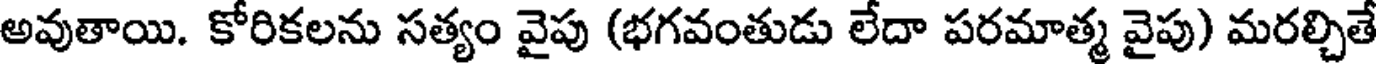
అవుతాయి. కోరికలను సత్యం వైపు (భగవంతుడు లేదా పరమాత్మ వైపు) మరల్చితే